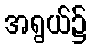
အရွယ်၌